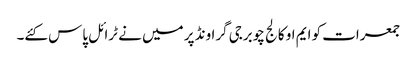
جمعرات کو ایم او کالج چوبرجی گراونڈ پر میں نے ٹرائل پاس کئے۔